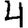
Digit: 4